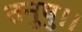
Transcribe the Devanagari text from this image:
तनुषु।।